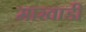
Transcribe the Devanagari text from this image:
माखाडी